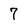
Character: 7